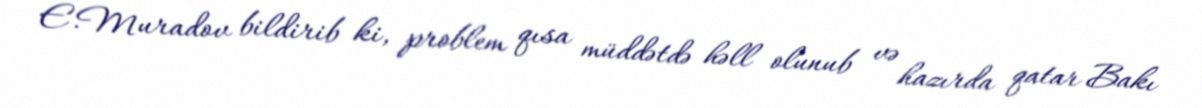
E.Muradov bildirib ki, problem qısa müddətdə həll olunub və hazırda qatar Bakı